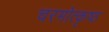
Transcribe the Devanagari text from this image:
चरमोत्कृष्ठ